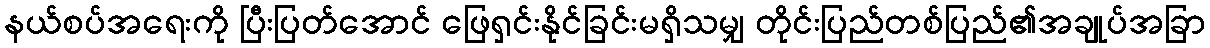
နယ်စပ်အရေးကို ပြီးပြတ်အောင် ဖြေရှင်းနိုင်ခြင်းမရှိသမျှ တိုင်းပြည်တစ်ပြည်၏အချုပ်အခြာ